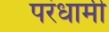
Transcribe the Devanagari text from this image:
परंधामी